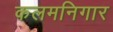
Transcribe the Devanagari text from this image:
कलमनिगार